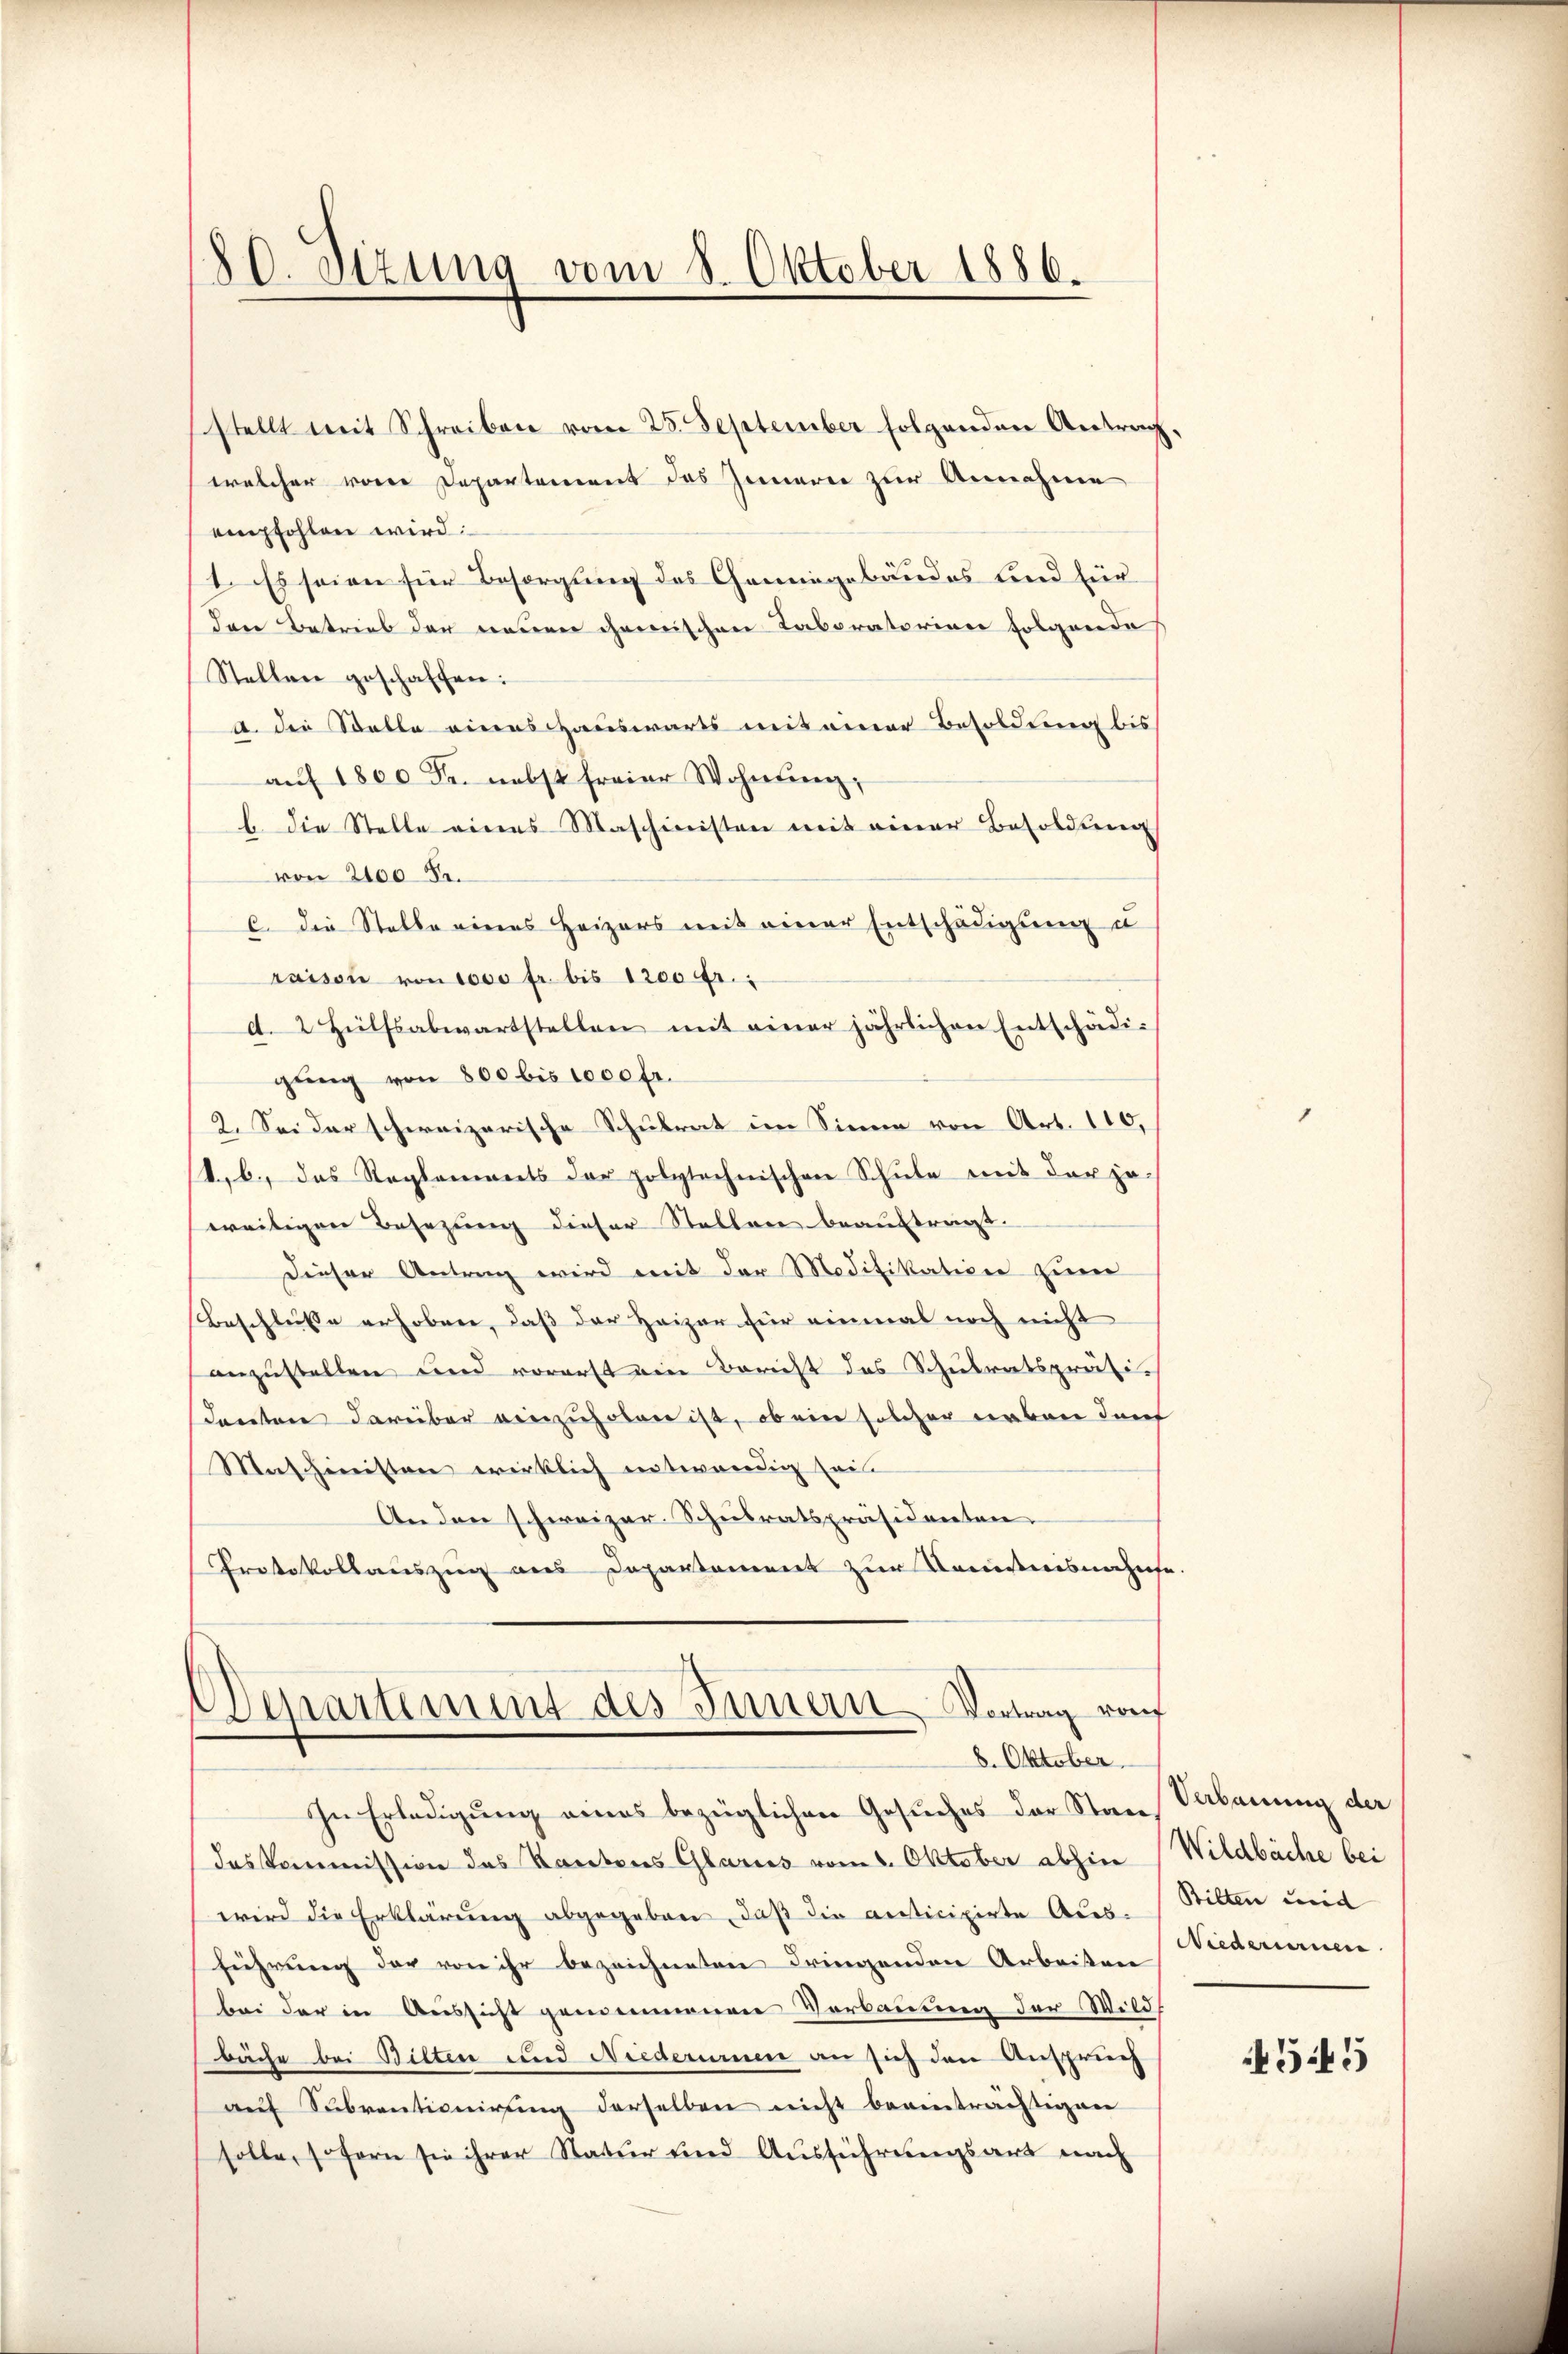
stellt mit Schreiben vom 25. September folgenden Antrag,
welcher von Departement des Inneren zur Annahme
empfohlen wird:
1. Es seien für Besorgung des Gemingebäudes und für
den Betrieb der neuen chemischen Taboratorien folgende
Stellen geschaffen:
A. die Stelle eines Hauswärts mit einer Besoldung bis
aŭf 1800 Fr. nebst freier Wohnŭng,
l. die Stelle eines Maschinisten mit einer Besoldung
von 2100 Fr.
C. Die Stelle eines Heizers mit einer Entschädigung u
raison von 1000 fr. bis 1200 fr.
d. 2 Hülfsabwartstellen mit einer jährlichen Entschädigung von 800 bis 1000 fr.
2. Sei der schweizerische Schulrat im Sinne von Art. 110,
4. b., das Reglements der polytechnischen Schule mit der je-
(weitigen Besezung dieser Stellen beauftragt.
Dieser Antrag wird mit der Modifikation zum
Beschlüsse erhoben, daß der Heizer für einmal noch nicht
anzustellen und vorerst eine Bericht des Schulratspräsi-
denten darüber einzuholen ist, ob ein solcher erben darf
Maschinisten wirklich entwendig sein
Anden schweizer Schulratspräsidenten.
Protokollauszug aus Departement zur Kreistnisnahms

80. Sizung vom 8. Oktober 1886.

Departement des Innern Vortrag raf
8. Oktober

In Erledigung eines bezüglichen Gesuches der Stan, Sabauung der
deskommission des Kantons Glarus vom 1. Oktober abhin (Wildbäche bei
wird die Erklärung abgegeben, daß die anticipirte Aus- (Bilten und
führung der von ihr bezeichneten dringenden Arbeiten Wiederurnen
bei der in Aussicht gemeinnenen Verbauung der Wild
bäche bei Bilten und Niederumen an sich den Anspruch
auf Subventionirung derselben nicht beeinträchtigen
solle, sofern sie ihrer Natur und Ausführungsart nach

445